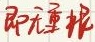
即无重找